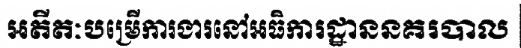
អតីតៈបម្រើការងារនៅអធិការដ្ឋាននគរបាល